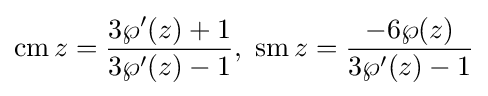
\operatorname {cm} z={\frac {3\wp '(z)+1}{3\wp '(z)-1}},\ \operatorname {sm} z={\frac {-6\wp (z)}{3\wp '(z)-1}}